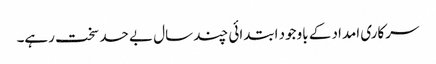
سرکاری امداد کے باوجود ابتدائی چند سال بے حد سخت رہے۔